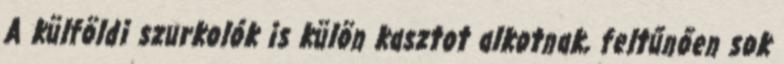
A külföldi szurkolók is külön kasztot alkotnak, feltűnően sok